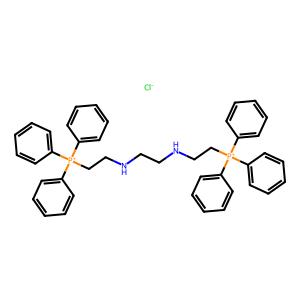
SMILES: [Cl-].c1ccc([P+](CCNCCNCC[P+](c2ccccc2)(c2ccccc2)c2ccccc2)(c2ccccc2)c2ccccc2)cc1
Inhibits HIV replication: No